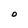
Character: O